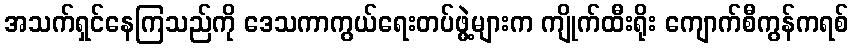
အသက်ရှင်နေကြသည်ကို ဒေသကာကွယ်ရေးတပ်ဖွဲ့များက ကျိုက်ထီးရိုး ကျောက်စီကွန်ကရစ်